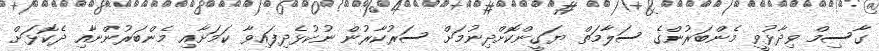
ގާސިމް ވިދާޅުވީ މެންބަރުންގެ ސަލާމަތް ޔަގީންކޮށްދިނުމަށް ސަރުކާރުން ނުކުޅެދިފައިވާ ކަމަށާއި މެންބަރުންނާއި ދެކޮޅަށް